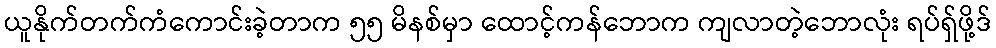
ယူနိုက်တက်ကံကောင်းခဲ့တာက ၅၅ မိနစ်မှာ ထောင့်ကန်ဘောက ကျလာတဲ့ဘောလုံး ရပ်ရှ်ဖို့ဒ်